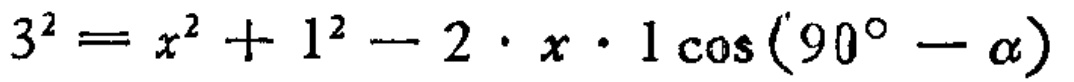
\[3^{2}=x^{2}+1^{2}-2\cdot x\cdot 1\cos(90^{\circ}-\alpha)\]